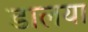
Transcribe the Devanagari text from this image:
डालया